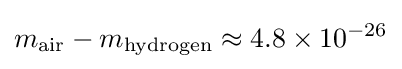
m_{\text{air}}-m_{\text{hydrogen}}\approx 4.8\times 10^{-26}